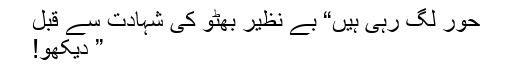
حور لگ رہی ہیں“ بے نظیر بھٹو کی شہادت سے قبل
” دیکھو!